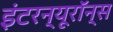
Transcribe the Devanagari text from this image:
इंटरन्यूरॉन्स